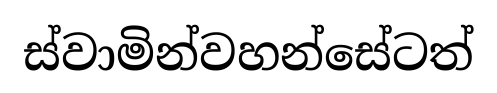
ස්වාමින්වහන්සේටත්